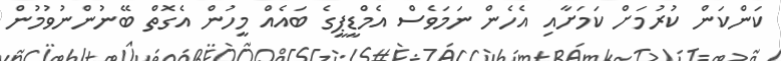
ކަންކަން ކުރުމަށް ކަމަށާއި އެހެން ނަމަވެސް އެމްޑީޕީގެ ބައެއް މީހުން އެގޮތް ބޭނުންނުވުމުން